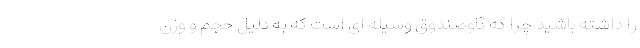
را داشته باشید چرا که گاوصندوق وسیله­ ای است که به دلیل حجم و وزن